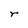
Character: r